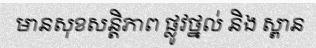
មានសុខសន្តិភាព ផ្លូវថ្នល់ និង ស្ពាន